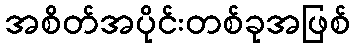
အစိတ်အပိုင်းတစ်ခုအဖြစ်